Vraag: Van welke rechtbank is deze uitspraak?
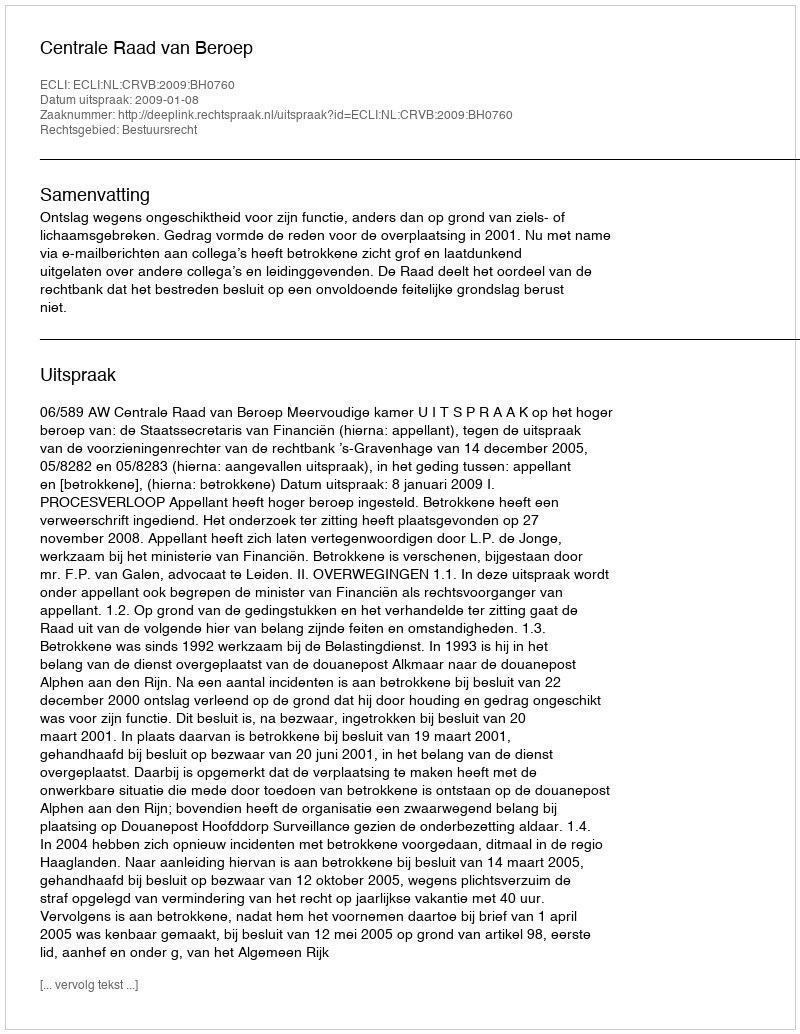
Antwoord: Centrale Raad van Beroep